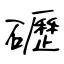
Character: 礰